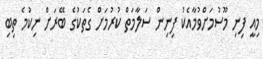
މިއީ ފިނި މޫސުމަށްވުމާއެކު ފިނިން ސަލާމަތް ކުރުމަށް ގެތަކުގެ ބޭރަށް ނިކުމެ ތިބި